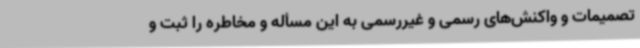
تصمیمات و واکنش‌های رسمی و غیررسمی به این مسأله و مخاطره را ثبت و